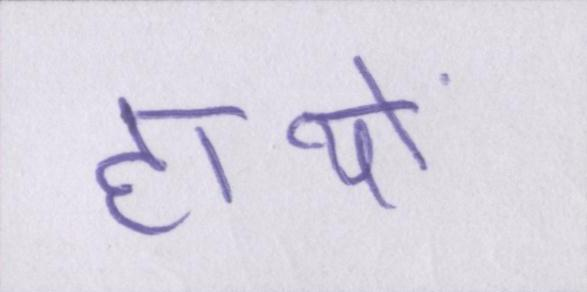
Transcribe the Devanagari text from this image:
हाथों